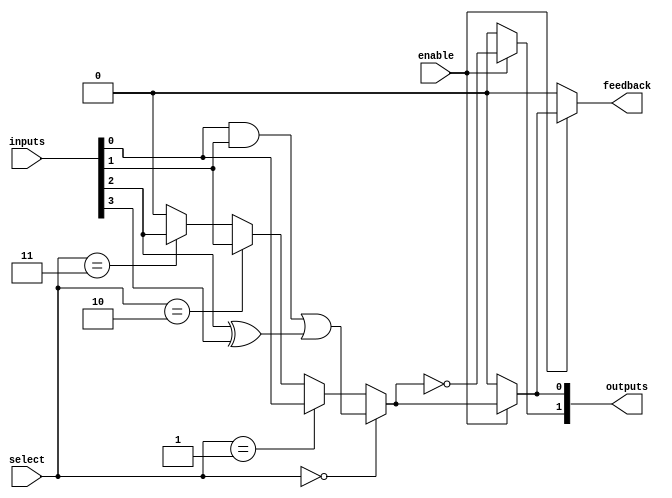
module CLB (
    input wire [3:0] inputs,        // 4 input signals
    input wire [1:0] select,        // Select lines for the multiplexer
    input wire enable,               // Enable signal
    output wire [1:0] outputs,       // 2 output signals
    output wire feedback             // Feedback path
);

    // Lookup Table (LUT) implementation
    // Example: 4-input LUT that implements a specific logic function
    wire lut_out;
    assign lut_out = (inputs[0] & inputs[1]) | (inputs[2] ^ inputs[3]); // Example logic function

    // Multiplexer logic
    wire mux_out;
    assign mux_out = (select == 2'b00) ? lut_out :
                     (select == 2'b01) ? inputs[0] :
                     (select == 2'b10) ? inputs[1] :
                     (select == 2'b11) ? inputs[2] : 1'b0;

    // Output logic controlled by enable signal
    assign outputs[0] = enable ? mux_out : 1'b0; // Output 1
    assign outputs[1] = enable ? ~mux_out : 1'b0; // Output 2 (inverted output)

    // Feedback path (optional)
    assign feedback = enable ? outputs[0] : 1'b0; // Feedback based on enable signal

endmodule